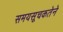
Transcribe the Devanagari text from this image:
समयसूचकतेने